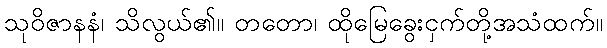
သုဝိဇာနနံ၊ သိလွယ်၏။ တတော၊ ထိုမြေခွေးငှက်တို့အသံထက်။